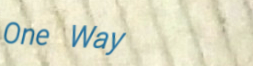
One Way